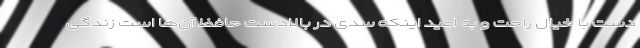
دست با خیال راحت و به امید اینکه سدی در بالادست حافظ آن‌ها است زندگی